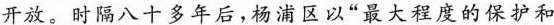
开放。时隔八十多年后，杨浦区以”最大程度的保护和